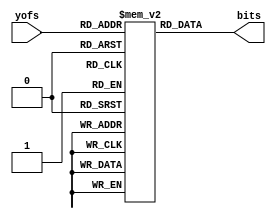
module point_bitmap(yofs, bits);
  
  input [3:0] yofs;
  output [7:0] bits;

  reg [7:0] bitarray[0:15];
  
  assign bits = bitarray[yofs];
  
  initial begin/*{w:8,h:16}*/
    bitarray[0] = 8'b0;
    bitarray[1] = 8'b11111111;
    bitarray[2] = 8'b11111111;
    bitarray[3] = 8'b11111111;
    bitarray[4] = 8'b11111111;
    bitarray[5] = 8'b11111111;
    bitarray[6] = 8'b11111111;
    bitarray[7] = 8'b11111111;
    bitarray[8] = 8'b11111111;
    bitarray[9] = 8'b11111111;
    bitarray[10] = 8'b11111111;
    bitarray[11] = 8'b11111111;
    bitarray[12] = 8'b11111111;
    bitarray[13] = 8'b11111111;
    bitarray[14] = 8'b11111111;
    bitarray[15] = 8'b11111111;
  end
  
endmodule
module pointsprite_bitmap_top(clk, reset, hsync, vsync, rgb);

  input clk, reset;
  output hsync, vsync;
  output [2:0] rgb;
  wire display_on;
  wire [8:0] hpos;
  wire [8:0] vpos;
  
  //player sptrites
  reg sprite_active;
  reg [3:0] point_sprite_xofs;
  reg [3:0] point_sprite_yofs;
  wire [7:0] point_sprite_bits;
  
  reg [8:0] point_x = 128;
  reg [8:0] point_y = 128;

  hvsync_Generator hvsync_gen(
    .clk(clk),
    .reset(reset),
    .hsync(hsync),
    .vsync(vsync),
    .display_on(display_on),
    .hpos(hpos),
    .vpos(vpos)
  );
  
  point_bitmap player(
    .yofs(point_sprite_yofs),
    .bits(point_sprite_bits));
  
   // start Y counter when we hit the top border (player_y)
  always @(posedge hsync)
    if (vpos == point_y)
      point_sprite_yofs <= 15;
  else if (point_sprite_yofs != 0)
      point_sprite_yofs <= point_sprite_yofs - 1;
  
  // restart X counter when we hit the left border (player_x)
  always @(posedge clk)
    if (hpos == point_x)
      point_sprite_xofs <= 15;
  else if (point_sprite_xofs != 0)
      point_sprite_xofs <= point_sprite_xofs - 1;
  
  wire [3:0] point_bit = point_sprite_xofs>=8 ? 
                                 15-point_sprite_xofs:
                                 point_sprite_xofs;
  // The actual display of the player
  wire point_gfx = point_sprite_bits[point_bit[2:0]];

  wire r = display_on && point_gfx;
  wire g = display_on && point_gfx;
  wire b = display_on && point_gfx;
  assign rgb = {b,g,r};

endmodule